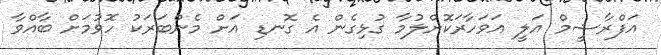
އަފްރާޝީމް އަލީ އަވަހާރަކޮށްލުމާ ގުޅިގެން އެ ގޮނޑި އަށް މެންބަރަކު ހޮވުމަށް ބާއްވާ